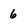
Character: 6